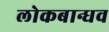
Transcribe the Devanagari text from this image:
लोकबान्धव